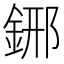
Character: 𨦹